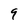
Character: 9